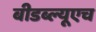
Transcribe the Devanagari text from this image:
बीडब्ल्यूएच